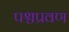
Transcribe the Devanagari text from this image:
पश्चप्रवण